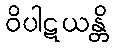
ဝိပါဋယန္တိ